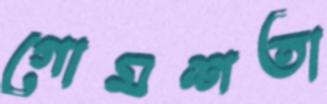
গোমশতা